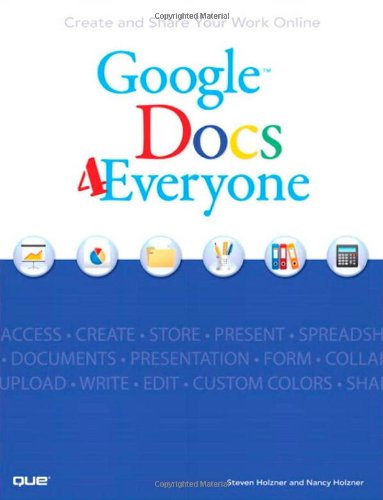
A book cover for Google Docs 4 Everyone; Steven Holzner; Computers & Technology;